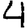
Digit: 4